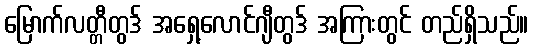
မြောက်လတ္တီတွဒ် အရှေ့လောင်ဂျီတွဒ် အကြားတွင် တည်ရှိသည်။